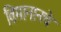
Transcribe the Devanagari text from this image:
विमानानचे